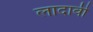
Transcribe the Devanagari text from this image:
लादावी